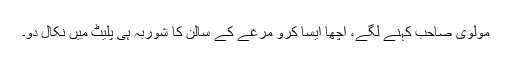
مولوی صاحب کہنے لگے، اچھا ایسا کرو مرغے کے سالن کا شوربہ ہی پلیٹ میں نکال دو۔